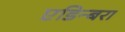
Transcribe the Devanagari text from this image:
एडिन्बरा